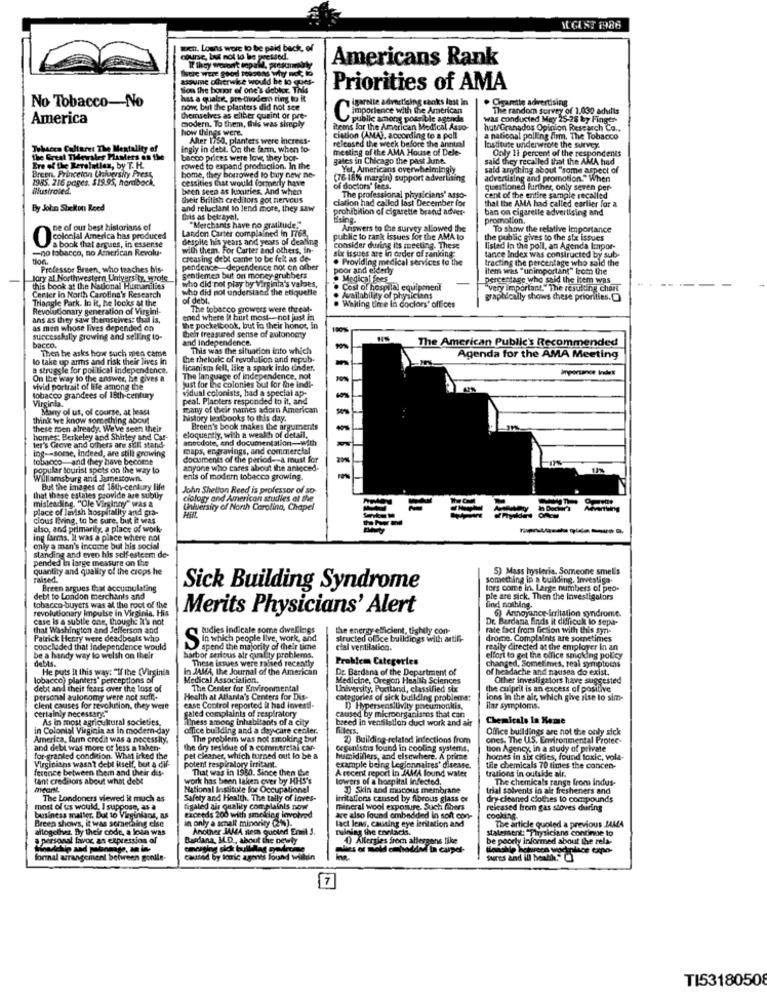
MEGUST 1986
wch. Louns wore to be paki back, of
course, but not to be pressed.
Americans Rank
there were good tossens why not, io
assume otherwie would be to ques-
Sion the honor of one's debtor. This
Priorities of AMA
has a qualret, pre-modern ting to it
igareite advertising canks last In
Cigarette advertising
No Tobacco-No
now, but the planters did not see
The random survey of 1.030 adults
America
Gemselves as ellher quaint or pre-
importance with the A
public among possible agenda
was conducted May 25-28 by Finger
modern. To them, this was simply
how things were.
itemns for the American Medical Asso-
hat/ Granados Opinion Research Co .,
Alter 1750, planters were Inerees-
released the week before the annual
ciation (AMA), according to a poll
a national polling fim. The Tobacco
Tebacca Cultures The Mextality of
Ingly in debt. On the farm, when to-
meeting of the AMA House of Dele-
Institute underwrote the survey.
Only 11 percent of the respondents
the Great Theriler Planters on the
bacco prices were love they bor-
gates in Chicago the past June.
said they recalled that the AMA had
Ere of the Rereletlen, by T. H.
rowed to expand production. In the
Yel, Americans overwhelmingly
said amthing about "some aspect of
Breen, Princeton Chiversity Press
1985. 216 pages. $19.95, horubock,
home, they borrowed to buy new ne-
cessities that would formerly have
(76 18% margin) support advertising
advertising and promotion." When
Wlustrated.
been seen as luxuries. And when
of doctors' fees.
questioned further, only seven per-
their British creditors got nervous
clation had called last December for
The professional physicians' aso-
that the AMA had called earlier for a
cent of the entire sample recalled
By John Shelton Reed
and reluctant to lend more, they saw
prohibition of cigarette brand adver-
ban on cigaretle advertising and
this as betrayel.
promotion.
De of our best historians of
"Merchants have no gratitude."
Answers to the survey allowed the
To show the relative importance
colonial America has produced
Landon Carter complained in I768
despite his years and years of dealing
public to rank issues for the AMA to
the public gives to the six issues
-no tobacco, no American Revolu-
s book that argues, in essense
with them. For Carter and others, in-
six issues are in order of ranking
consider during its meeting. These
listed in the poll, an Agenda Impor-
slon.
creasing debt came to be felt as de-
. Providing medical services to the
tance Index was constructed by sub
tracting the percentage who said the
Professor Breen, who teaches bis-
pendence dependence not on other
poor and elderly
item was "unimportant" from the
Jory al Northwestern University. Myrole
gentlemen but on money grubbers
Medical fees
percentage who said the item was
this book at the National Humanilies
who did not play by Virginia's valses,
who did not understand the etiquette
. Cost of hospital equipment
"very important." The resulting chart
Center in North Carolina's Research
Triangle Park. In it, he looks at the
of debl.
Availability of physicians
graphically shows these priorities.[
Revolutionary generation of Virgini-
The tobacco growers were threat-
Waiting time In doclors' offices
ans as they saw themselves: thai is,
ened where It buurt most-not just in
as men whose lives depended on
the pocketbook, but in their honor, in
helt treasured sense of autonomy
successfully growing and selling to-
and Independence.
11%
The American Public's Recommended
bacco.
Then he asks how such med came
This was the situation into which
lo take up arms and risk their lives in
the theloric of revolution and repub.
Agenda for the AMA Meeting
a struggle for political independence.
licanism fell, like a spark inlo dinder.
importance Indet
On the way to the answer, he gives a
The language of independence, not
vivid portrait of life among the
Just for the colonies but for the indi-
vidual colonists, had a special ap-
tobacco grandees of 19th-century
Virginia.
peal. Planters responded to it, and
Many of us, of course, at least
many of their names adorn American
think we know something about
history textbooks to this day.
these men already. We've seen their
Breen's book makes the arguments
homes: Berkeley and Shirley and Car-
eloquently, with a weakh of detail,
anecdote, and documentation-with
ter's Grove and others ans sidll stand-
ing -- some, Indeed, are still growing
maps, engravings, and commercial
tobacco-and they have become
documents of the period --- a must for
popular tourist spots on the way to
anyone who cares about the anteced-
12%
Williamsburg and Jamestown.
enis of modern tobacco growing.
But the images of 16th-century life
John Shelton Reed is professor of so-
that these estates provide are subtly
ciology and American studies at the
misleading. "Ole Virginny" was a
place of lavish hospitality and gra-
Unterstty of North Carolina, Chapel
clous living, to be sure, but it was
= ====
also, and primarily, a place of work-
ing farms. It was a place where col
only a man's income but his social
standing and even his self-esteem de-
pended In large measure on the
quantity and quality of the crops he
5) Mass hysteria, Someone smells
raised.
something in a building. Investiga-
Breen argues that accumulating
Sick Building Syndrome
lors come in. Large numbers of peo-
debt to London merchants and
ple are sick. Then the Investigalors
tobacco buyers was at the root of the
revolutionary Impulse in Virginia. His
Merits Physicians' Alert
find nothing.
6) Annoyance Irritation syndrome.
case is a subtle one, thought It's not
Dr. Bardana finds it difficult lo sepa-
that Washington and Jefferson and
tudies indicate some dwellings
the energy efficient, tightly con-
rate fact from Gcsion with this syn-
Patrick Henry were deadbeals who
Sin which people live, work, and
structed office buildings with artili-
drome. Complaints are sometimes
concluded that independence would
spend the majority of their time
cial ventilation.
really directed at the employer In an
be a handy way to welsh on their
debts.
harbor serious air quality problems.
These issues were raised recently
Problem Categories
effort to get the office smoking policy
changed, Sometimes, real symptoms
He puts It this way: "If the (Virginia
In JAMA, the Journal of the American
De Bardana of the Department of
of headache and nausea do exist.
tobacco) planters" perceptions of
Medical Association.
Medicine, Oregon Health Sciences
Other investigators have suggested
debt and theit fears over the loss of
The Center for Environmental
University, Poritand, classified six
the culprit is an excess of positive
personal aulonomy were not sufr ..
Health at Atlanta's Centers for Dis-
categories of sick building problems:
ions in the air, which give rise to sim-
clent causes for revolution, they were
certainly necessaryc"
case Control reported it had investi-
galed complaints of respiratory
D) Hypersensitivity pneumonitis,
ilar symptoms.
As in most agricultural societies.
ilness among inhabitants of a city
caused by microorganismos that can
breed in ventilation dudl work and alt
Chemicals In Rome
in Colonial Virginia as in modern-day
office building and a day care center.
Office buildings are not the only sick
America, fann credit was a necessity,
The problem was not smoking but
2) Building-related infections from
ones, The U.S. Environmental Protec-
and debl was more or less a taken-
the dry residue of a commercial car-
organisms found in cooling systems,
tion Agency, in a study of private
for-granted condition. What irked the
Virginians wasn't debt itself, but a dif-
pet cleaner, which turned out lo be a
potent respiratory irritant.
humidillers, and elsewhere. A prime
homes in six cides, found toxic, vola-
ference between them and their dis-
That was in 1980. Since then the
A recent report In JAMA found water
example being Legionnaires' disease.
tide chemicals 70 times the concen-
trations in outside air.
tant creditors about what debt
work has been taken over by HHS's
lowers of a hospital infected,
The chemicals range from indus-
meant
National Institute for Occupational
30 Skin and mucous membrane
trial solvents in alt fresheners and
The Londoners viewed it much as
Safety and Health, The tally of inves-
irritations caused by fibrous glass or
dry-cleaned clothes to compounds
most of us would, I suppose, as a
tigaled air quality complaints port
mineral wool exposure. Such fibers
released from gas stoves during
business malter. But to Virginians, as
Breen shows, it was something else
in only a small minority (2%).
exceeds 200 with smokies involved
are also found embedded in soft con-
cooking-
altogether By their code, a loan was
Another JAMA stem quoted Envil 3.
lact lens, causing eye leritation and
ruining the contacts.
statement: "Physicians continue to
The article quoled a previous JAMA
a personal favor an expression of
Basdana, ML.D ., about the newly
4) Allergies from allergens like
be poorly informed about the rela-
emerging sick bulllag godetia
dies or mold e hadAnd In carpet-
Photrece workplace expo-
formal arrangement befireen gonile-
caused by tomic agones found weilin
7
TI53180508